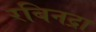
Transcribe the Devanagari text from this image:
रबिनद्रा